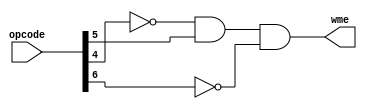
//Universidad Galileo
//Rodrigo Cordero
//Kevin Hernandez
//Terminado

module writeMemoryEnable(opcode, wme);
  input [6:0] opcode;
  output wme;
  wire n4, n6;
  //n5 = bit 5 negado y asi sucesivamente
  not(n4, opcode[4]);
  not(n6, opcode[6]);
  
  and(wme, n4, opcode[5], n6);
endmodule